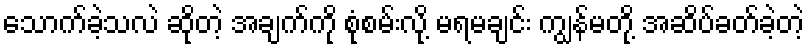
သောက်ခဲ့သလဲ ဆိုတဲ့ အချက်ကို စုံစမ်းလို့ မရမချင်း ကျွန်မတို့ အဆိပ်ခတ်ခဲ့တဲ့